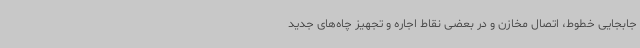
جابجایی خطوط، اتصال مخازن و در بعضی نقاط اجاره و تجهیز چاه‌های جدید